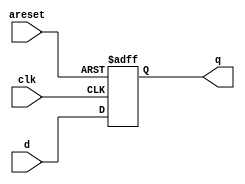
module top_module (
    input clk,
    input areset,   // active high asynchronous reset
    input [7:0] d,
    output [7:0] q
);
    always @(posedge clk or posedge areset)
        begin
            if(areset)
                q <= 1'b0;
            else
                q <= d;
        end
endmodule